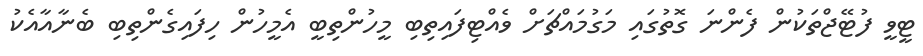
ޓީވީ ފުޓޭޖްތަކުން ފެންނަ ގޮތުގައި މަގުމައްޗަށް ވެއްޓިފައިތިބި މީހުންތިބީ އެމީހުން ހިފައިގެންތިބި ބެނާއާއެކު